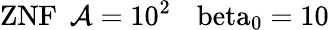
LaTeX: \mathrm{{ZNF}\: \: \mathcal{A}=10^{2}\: \: \: \ beta_{0}=10}